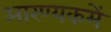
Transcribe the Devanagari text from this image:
आरण्यकमें